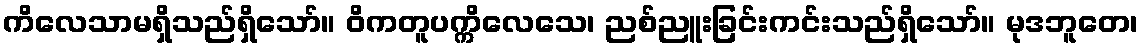
ကိလေသာမရှိသည်ရှိသော်။ ဝိကတူပက္ကိလေသေ၊ ညစ်ညူးခြင်းကင်းသည်ရှိသော်။ မုဒဘူတေ၊